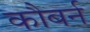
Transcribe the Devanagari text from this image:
कौबर्न